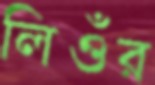
লিওঁর